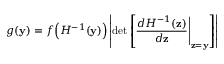
g ( \mathbf { y } ) = f { \Big ( } H ^ { - 1 } ( \mathbf { y } ) { \Big ) } \left\vert \operatorname* { d e t } \left[ { \frac { d H ^ { - 1 } ( \mathbf { z } ) } { d \mathbf { z } } } { \Bigg \vert } _ { \mathbf { z } = \mathbf { y } } \right] \right\vert